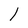
Character: l